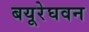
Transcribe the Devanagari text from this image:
बयूरेघवन